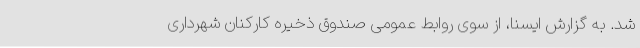
شد. به گزارش ایسنا، از سوی روابط عمومی صندوق ذخیره کارکنان شهرداری